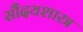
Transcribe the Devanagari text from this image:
सौंदयशास्त्र